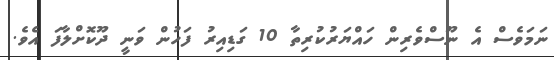
ނަމަވެސް އެ ނޫސްވެރިން ހައްޔަރުކުރިތާ 10 ގަޑިއިރު ފަހުން ވަނީ ދޫކޮށްލާފަ އެވެ.